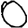
Digit: 0